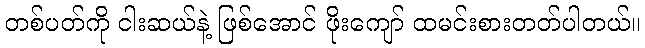
တစ်ပတ်ကို ငါးဆယ်နဲ့ ဖြစ်အောင် ဖိုးကျော် ထမင်းစားတတ်ပါတယ်။